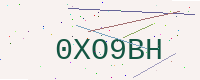
Text: 0XO9BH